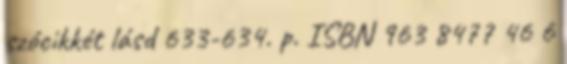
szócikkét lásd 633-634. p. ISBN 963 8477 46 6